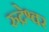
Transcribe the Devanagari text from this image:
रुद्रेश्वर